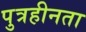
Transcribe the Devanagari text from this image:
पुत्रहीनता